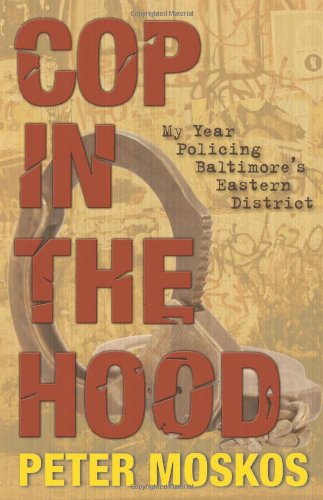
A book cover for Cop in the Hood: My Year Policing Baltimore's Eastern District; Peter Moskos; Biographies & Memoirs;